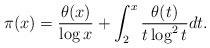
LaTeX: \begin{align*} \pi(x)=\frac{\theta(x)}{\log x}+\int_2^x \frac{\theta(t)}{t\log^2 t}dt. \end{align*}